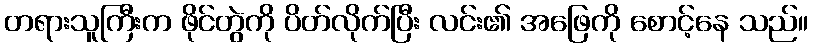
တရားသူကြီးက ဖိုင်တွဲကို ပိတ်လိုက်ပြီး လင်း၏ အဖြေကို စောင့်နေ သည်။